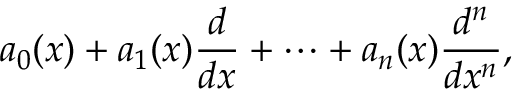
a _ { 0 } ( x ) + a _ { 1 } ( x ) { \frac { d } { d x } } + \cdots + a _ { n } ( x ) { \frac { d ^ { n } } { d x ^ { n } } } ,